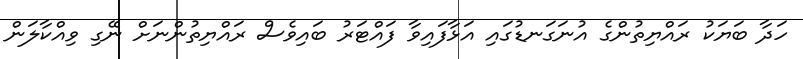
ހަދާ ބަޔަކު ރައްޔިތުންގެ އުނަގަނޑުގައި އަޅާފައިވާ ފައްޓަރު ބައިވެސް ރައްޔިތުންނަށް ނޭގި ވިއްކާލަން